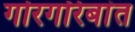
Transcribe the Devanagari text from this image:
गोरगरिबांत